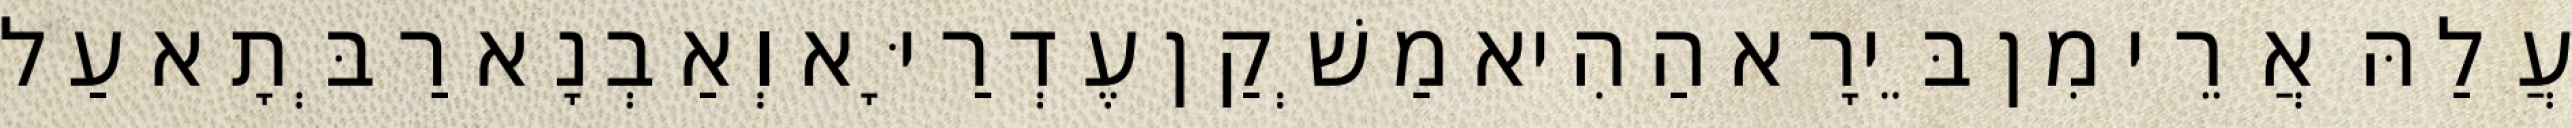
עֲלַהּ אֲרֵי מִן בֵּירָא הַהִיא מַשְׁקַן עֶדְרַיָּא וְאַבְנָא רַבְּתָא עַל